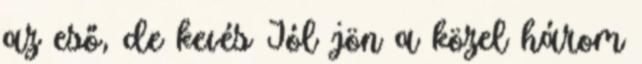
az eső, de kevés Jól jön a közel három